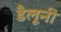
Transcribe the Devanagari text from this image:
डैलूनी